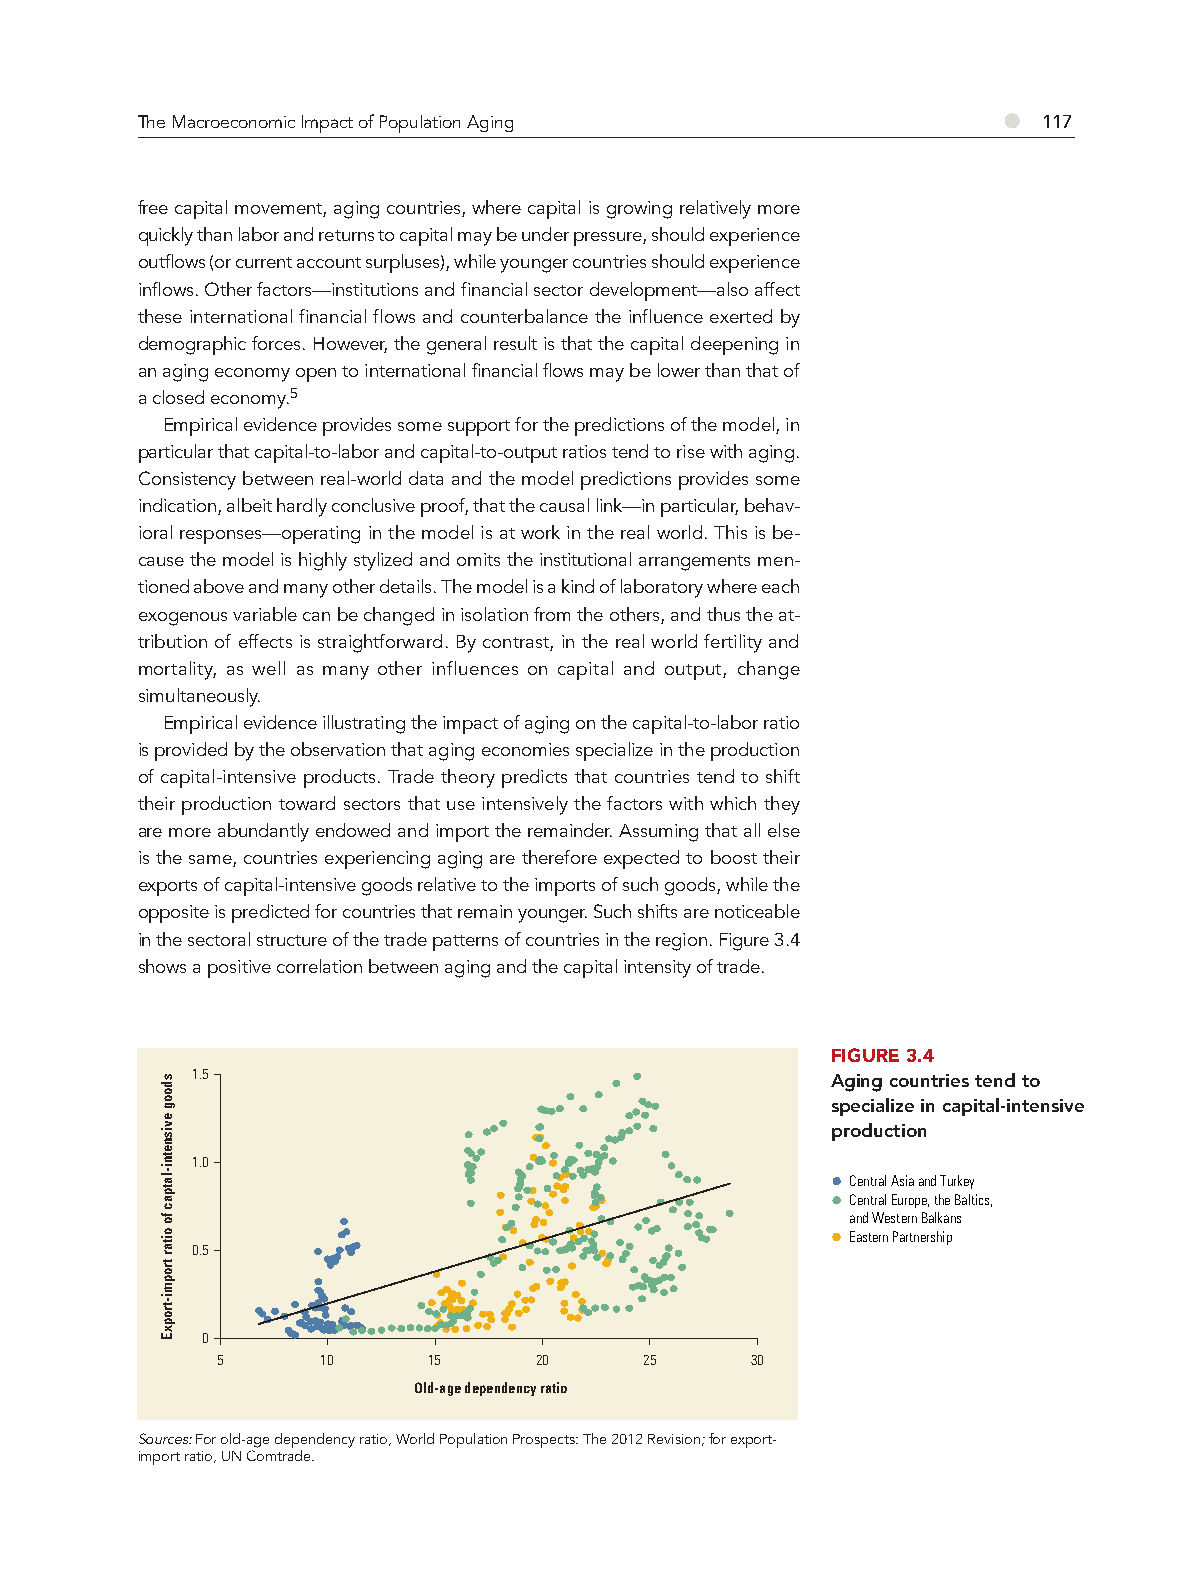
●
 The Macroeconomic Impact of Population Aging                117
 free capital movement, aging countries, where capital is growing relatively more
 quickly than labor and returns to capital may be under pressure, should experience
 outflows (or current account surpluses), while younger countries should experience
 inflows. Other factors—institutions and financial sector development—also affect
 these international financial flows and counterbalance the influence exerted by
 demographic forces. However, the general result is that the capital deepening in
 an aging economy open to international financial flows may be lower than that of
 a closed economy.5
 Empirical evidence provides some support for the predictions of the model, in
 particular that capital-to-labor and capital-to-output ratios tend to rise with aging.
 Consistency between real-world data and the model predictions provides some
 indication, albeit hardly conclusive proof, that the causal link—in particular, behav-
 ioral responses—operating in the model is at work in the real world. This is be-
 cause the model is highly stylized and omits the institutional arrangements men-
 tioned above and many other details. The model is a kind of laboratory where each
 exogenous variable can be changed in isolation from the others, and thus the at-
 tribution of effects is straightforward. By contrast, in the real world fertility and
 mortality, as well as many other influences on capital and output, change
 simultaneously.
 Empirical evidence illustrating the impact of aging on the capital-to-labor ratio
 is provided by the observation that aging economies specialize in the production
 of capital-intensive products. Trade theory predicts that countries tend to shift
 their production toward sectors that use intensively the factors with which they
 are more abundantly endowed and import the remainder. Assuming that all else
 is the same, countries experiencing aging are therefore expected to boost their
 exports of capital-intensive goods relative to the imports of such goods, while the
 opposite is predicted for countries that remain younger. Such shifts are noticeable
 in the sectoral structure of the trade patterns of countries in the region. Figure 3.4
 shows a positive correlation between aging and the capital intensity of trade.
 FIGURE 3.4
 1.5                                       Aging countries tend to
 specialize in capital-intensive
 production
 1.0
 Central Asia and Turkey
 Central Europe, the Baltics,
 and Western Balkans
 Eastern Partnership
 0.5
 0
 5      10     15      20     25     30
 Old-age dependency ratio
 Sources: For old-age dependency ratio, World Population Prospects: The 2012 Revision; for export-
 import ratio, UN Comtrade.
 sdoog
 evisnetni-latpac
 fo
 oitar
 tropmi-tropxE